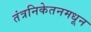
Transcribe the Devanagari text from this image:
तंत्रनिकेतनमधून